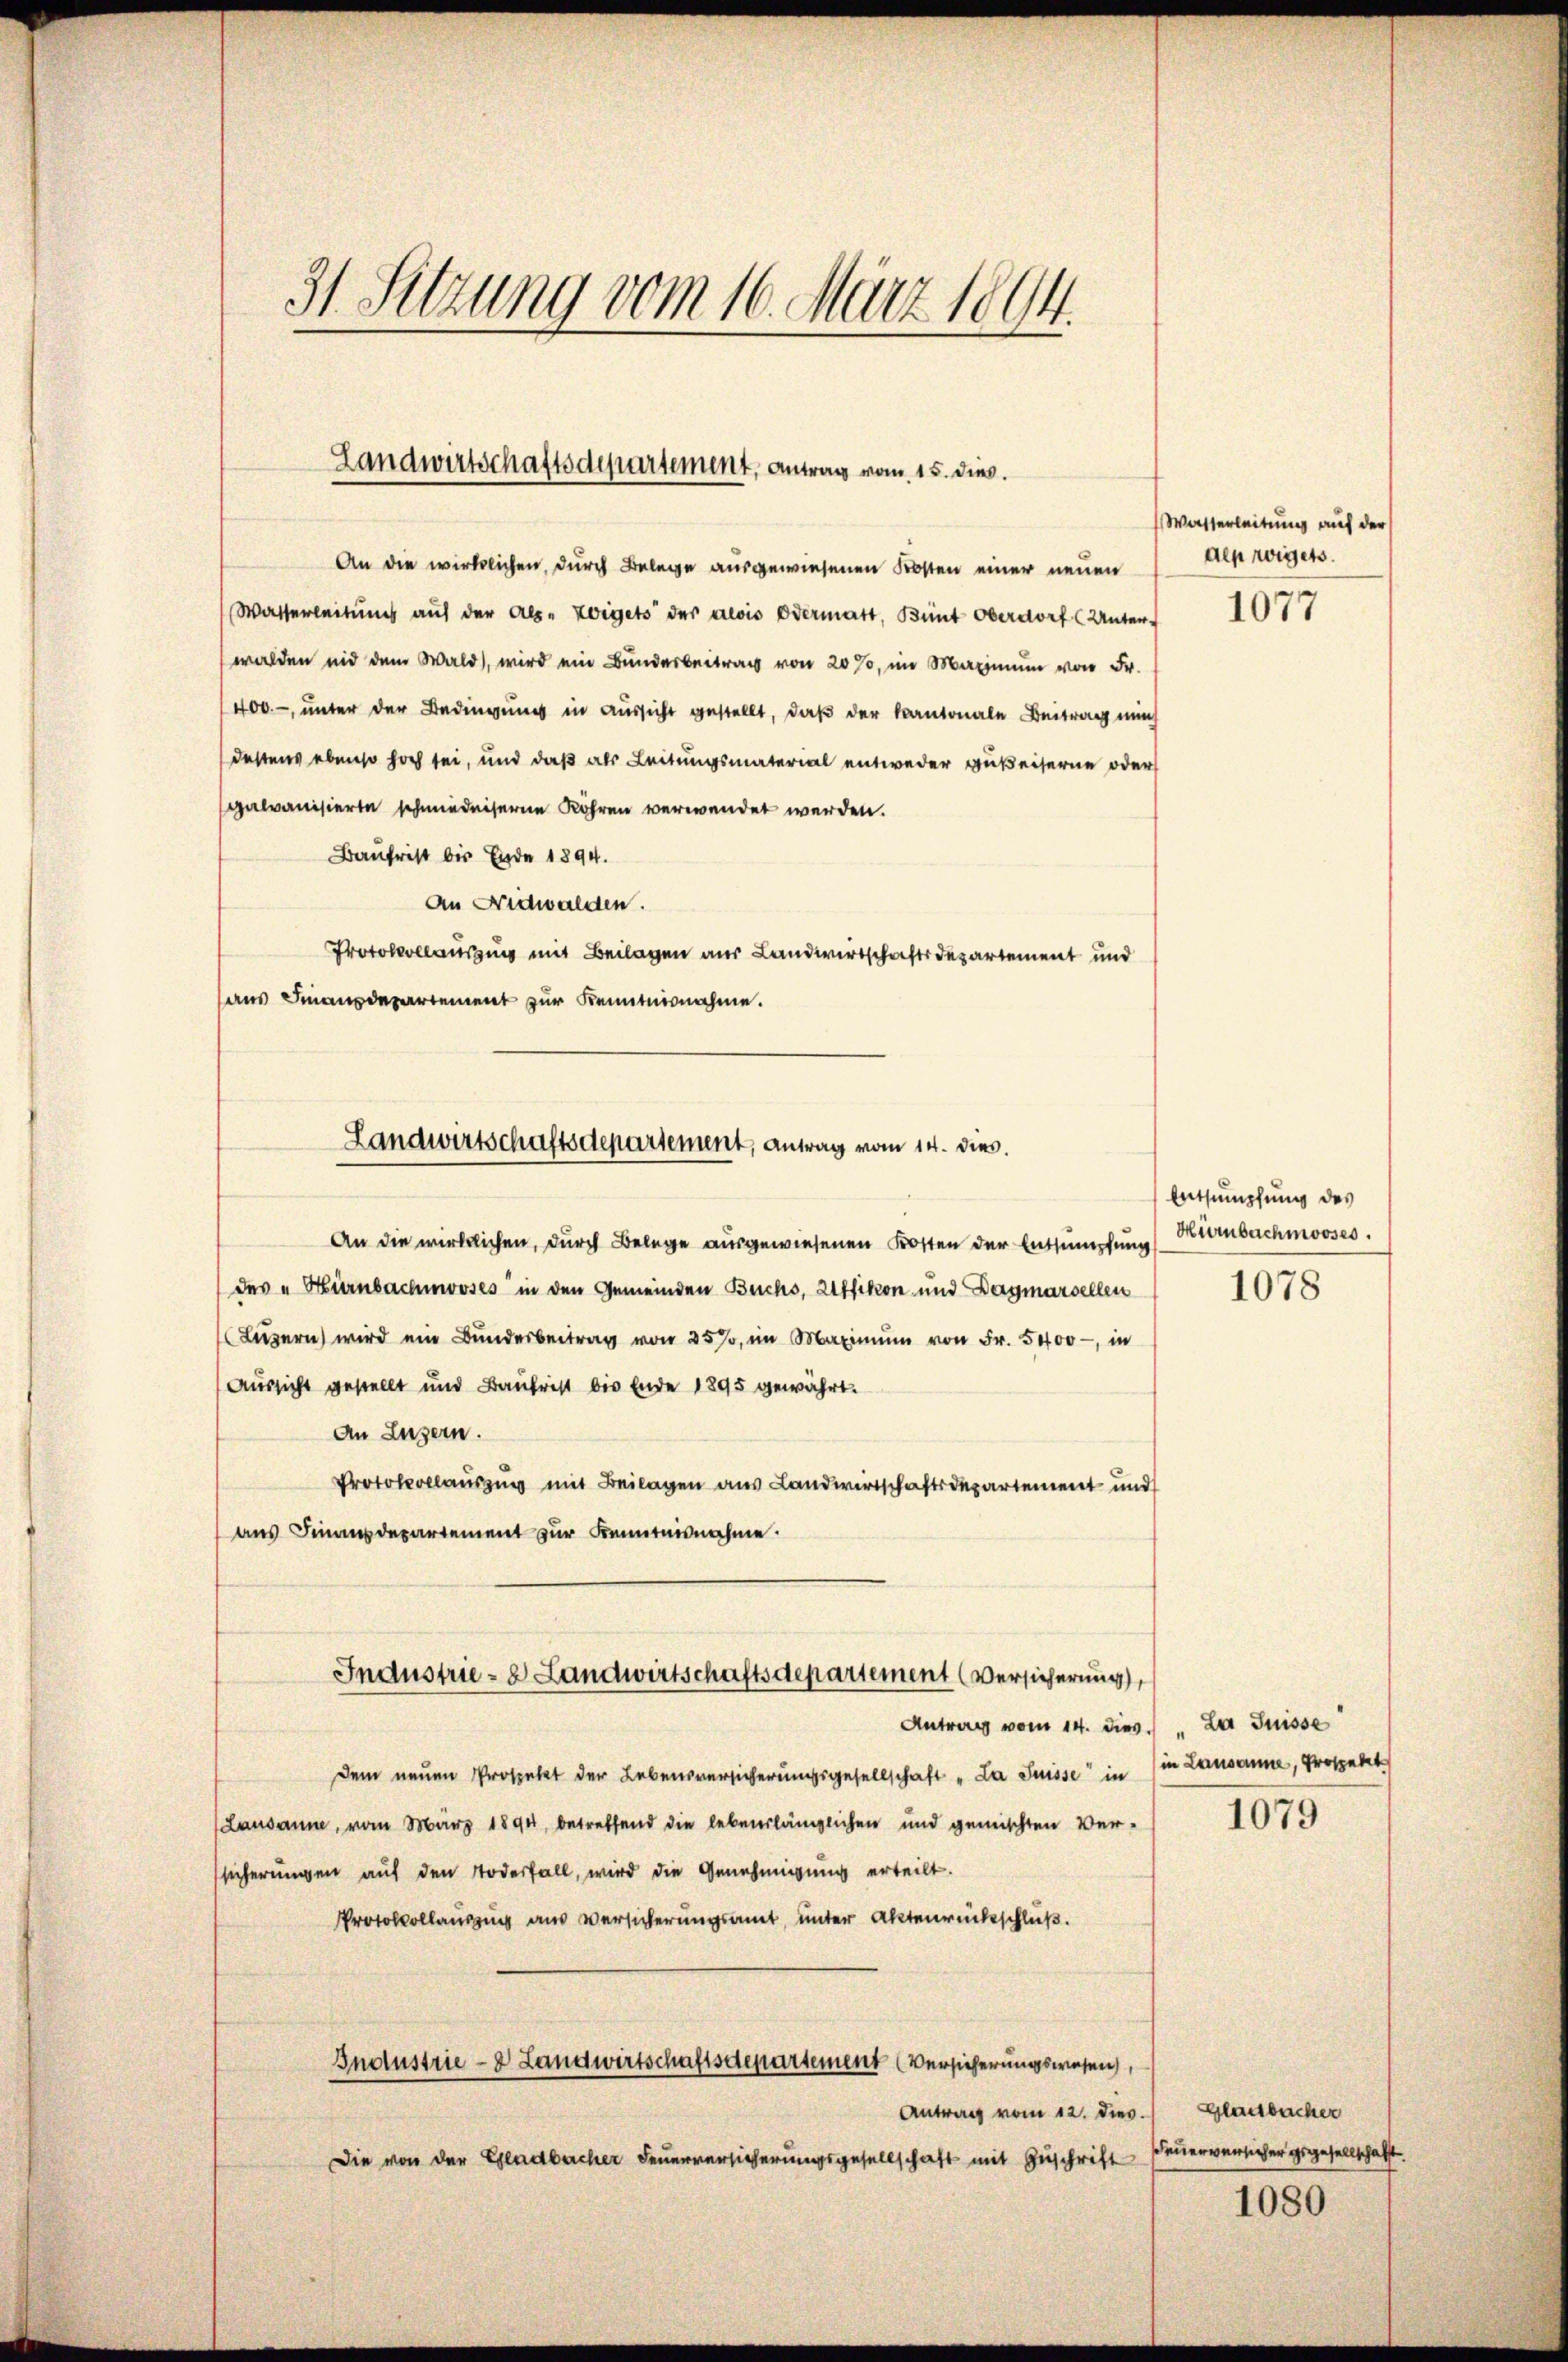
31. Sitzung vom 16. März 1894.

Landwirtschaftsdepartement, Antrag vom 15. dies

An die wirklichen, durch Belege ausgewiesenen Kosten einer neuen
Wasserleitung auf der als. zeigets der Alois Odermatt, Bünt Oberdorf (Unter-
walden und dem Wald, wird ein Bunderbeitrag von 20%, im Maximŭm von Fr.
400.-, unter der Bedingung in Aussicht gestellt, daß der Kantonale Beitrag nun
destens ebenso hoch sei, und daß als Leitungsmaterial entweder gußeiserne oder
galvanisierte schmiedenseren Röhren verwendet werden.
Baufrist bis Ende 1894.
An Nidwalden.
Protokollausung mit Beilagen aus Landwirtschaftsdepartement und
aus Finanzdepartement zur Kenntnisnahme.
An die wirklichen, durch Belege ausgewiesenen Kosten der Entsumpfung (Kurbachmooses.
des „Hirnbachmooses in den Gemeinden Buchs, Uffikon und Dagmarcellen
Lŭzern wird ein Bunderbeitrag von 25%, im Maximŭm von Fr. 5400 - in
Aussicht gestellt und Baurist bis Ende 1895 gewährt.
An Luzern.
Protokollauszug mit Beilagen aus Landwirtschaftsdepartement und
aus Finanzdepartement zur Kenntnisnahme.
Industrie - 8 Landwirtschaftsdepartement (Versicherung,
Antrag vom 14. dies
Dem neuen Prospekt der Lebensversicherungsgesellschaft „La Suisse in
Lausanne, vom März 1894, betreffend die lebenslänglichen und gemischten Ver-
sicherungen auf den Todesfall, wird die Genehmigung erteilt.
Protokollauszug aus Versicherungsamt, unter Aktenrückschluß.
Industrie-8 Landwirtschaftsdepartement (Versicherungswesen,
Antrag vom 12. Dies
Die von der Gladbacher Feuerversicherungsgesellschaft mit Zuschrift

Landwirtschaftsdepartement, Antrag vom 14. dies

Wasserleitung auf der
den eiget.

1077

Entsumpfung des

1078

La Suisse
in Lausanne, Prospekt

1079

Gladbacher
Feuerverlicher gegesellschafft.

1080